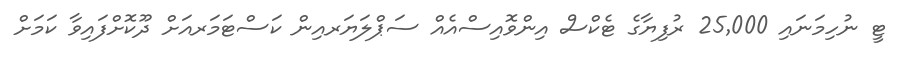
ޓީ ނުހިމަނައި 25